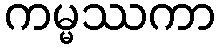
ကမ္မဿကာ